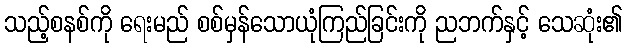
သည့်စနစ်ကို ရေးမည် စစ်မှန်သောယုံကြည်ခြင်းကို ညဘက်နှင့် သေဆုံး၏